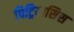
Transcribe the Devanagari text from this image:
पिट्रियासिस